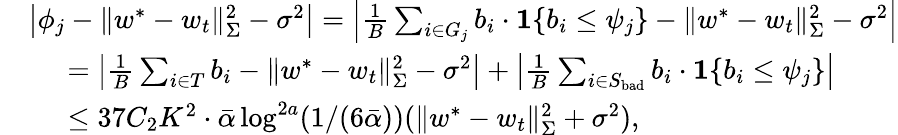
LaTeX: \begin{array}{rl}&{\left|\phi_{j}-\| w^{*}-w_{t}\| _{\Sigma}^{2}-\sigma^{2}\right|=\left|\frac{1}{B}\sum_{i\in G_{j}}b_{i}\cdot\mathbf{1}\{ b_{i}\le\psi_{j}\} -\| w^{*}-w_{t}\| _{\Sigma}^{2}-\sigma^{2}\right|}\\ &{\; \; \; \; \; =\left|\frac{1}{B}\sum_{i\in T}b_{i}-\| w^{*}-w_{t}\| _{\Sigma}^{2}-\sigma^{2}\right|+\left|\frac{1}{B}\sum_{i\in S_{\mathrm{bad}}}b_{i}\cdot\mathbf{1}\{ b_{i}\le\psi_{j}\} \right|}\\ &{\; \; \; \; \; \leq 37C_{2}K^{2}\cdot\bar{\alpha}\log^{2a}(1/(6\bar{\alpha}))(\| w^{*}-w_{t}\| _{\Sigma}^{2}+\sigma^{2}),}\end{array}